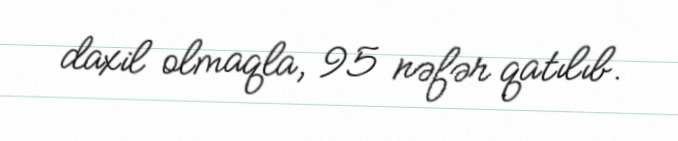
daxil olmaqla, 95 nəfər qatılıb.